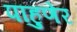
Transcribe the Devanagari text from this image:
पाहुणेर